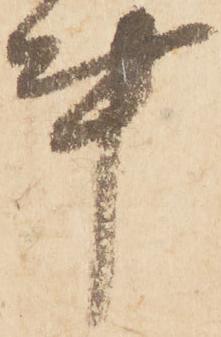
事